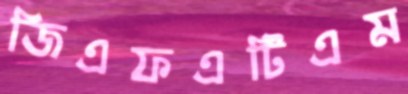
জিএফএটিএম